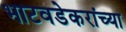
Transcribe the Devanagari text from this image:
भाटवडेकरांच्या